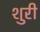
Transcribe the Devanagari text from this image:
शुरी